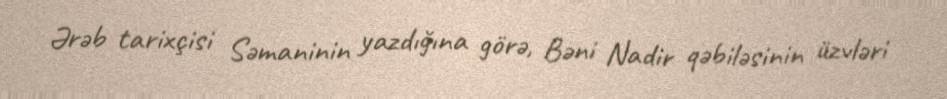
Ərəb tarixçisi Səmaninin yazdığına görə, Bəni Nadir qəbiləsinin üzvləri